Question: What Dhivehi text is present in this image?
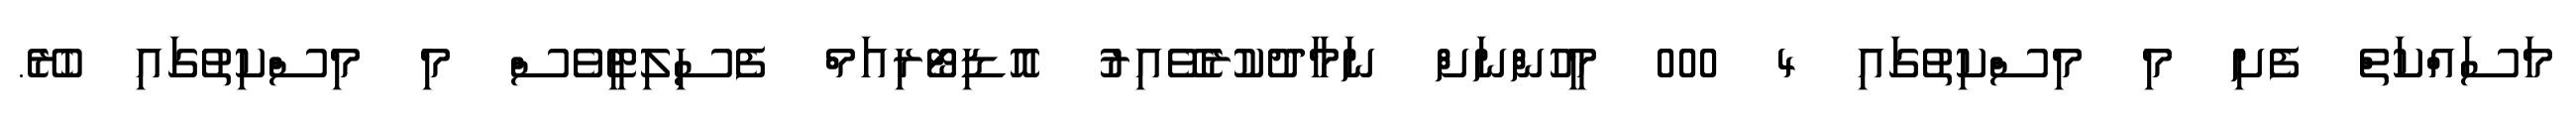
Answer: މަސައްކަތް ފެށި މި މިސްކިތުގައި 4 000 މީހުންނަށް ނަމާދުކުރެވޭއިރު އޮޑިޓޯރިއަމް ފެސިލިޓީވެސް މި މިސްކިތުގައި ހުރޭ.